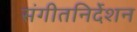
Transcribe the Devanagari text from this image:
संगीतनिर्देशन